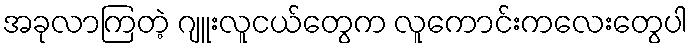
အခုလာကြတဲ့ ဂျူးလူငယ်တွေက လူကောင်းကလေးတွေပါ